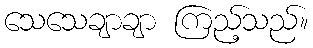
သေသေချာချာ ကြည့်သည်။